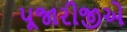
પૂજારીજીએ